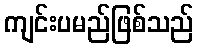
ကျင်းပမည်ဖြစ်သည်